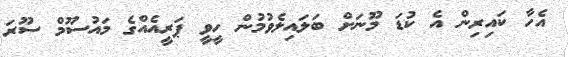
އެހާ ކައިރިން އެ ކުޑަ މޫނަށް ބަލައިލެވުމުން ހީވީ ޕަރީއެއްގެ މައުސޫމް ސޫރަ